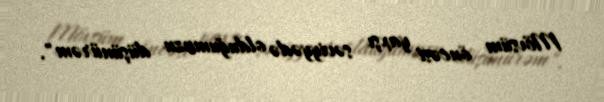
Mövsüm öncəsi yaxşı səviyyədə olduğumuzu düşünürəm".